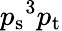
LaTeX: {p_{\mathrm{s}}}^{3}{p_{\mathrm{t}}}